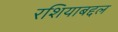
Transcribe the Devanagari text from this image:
रशियाबद्दल